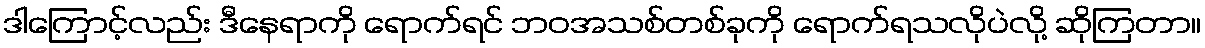
ဒါကြောင့်လည်း ဒီနေရာကို ရောက်ရင် ဘဝအသစ်တစ်ခုကို ရောက်ရသလိုပဲလို့ ဆိုကြတာ။